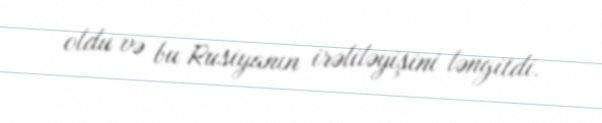
oldu və bu Rusiyanın irəliləyişini ləngitdi.